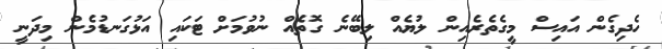
ހެދިގެން އައިސް މީގެތެރެއިން ލުޔެއް ލިބޭނެ ގޮތެއް ނުވުމަށް ޓަކައި އަޅުގަނޑުމެން މިދަނީ